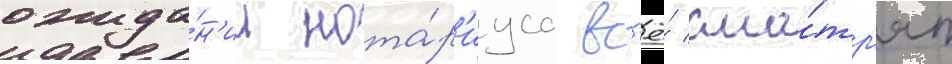
ожида́н'ии нота́р'иуса вс'ё́ смо́тр'ят